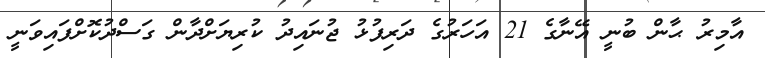
އާމިރު ޙާން ބުނީ އޭނާގެ 21 އަހަރުގެ ދަރިފުޅު ޖުނައިދު ކުރިޔަށްދާން ގަސްދުކޮށްފައިވަނީ